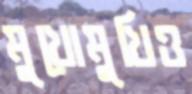
মুখোমুখিও